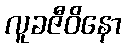
လူခဇီဝိနော